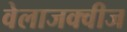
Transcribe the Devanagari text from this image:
वेलाजक्वीज